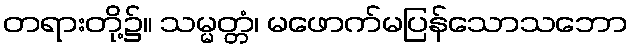
တရားတို့၌။ သမ္မတ္တံ၊ မဖောက်မပြန်သောသဘော